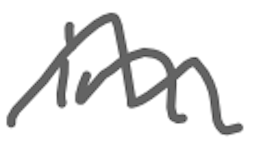
Text: in
Cross-out: wave
Writing tool: digital_gray